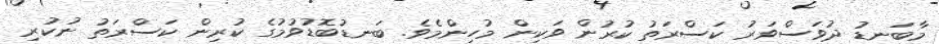
މާބަނޑު ދުވަސްވަރު ކަސްރަތު ކުރުން ވަކިން މުހިންމެވެ. ބަނޑުބޮޑުވުމުގެ ކުރިން ކަސްރަތު ނުކުރި